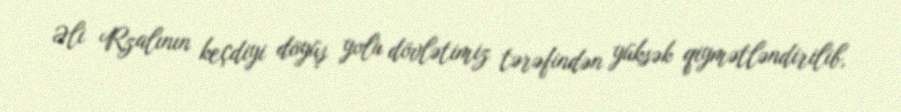
Əli Rzalının keçdiyi döyüş yolu dövlətimiz tərəfindən yüksək qiymətləndirilib,